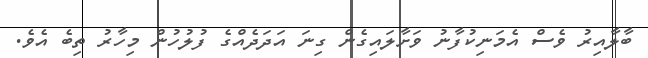
ބާލާއިރު ވެސް އެމަނިކުފާނު ވަށާލައިގެން ގިނަ އަދަދެއްގެ ފުލުހުން މިހާރު ތިބެ އެވެ.